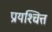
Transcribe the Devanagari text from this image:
प्रायश्‍चित्त